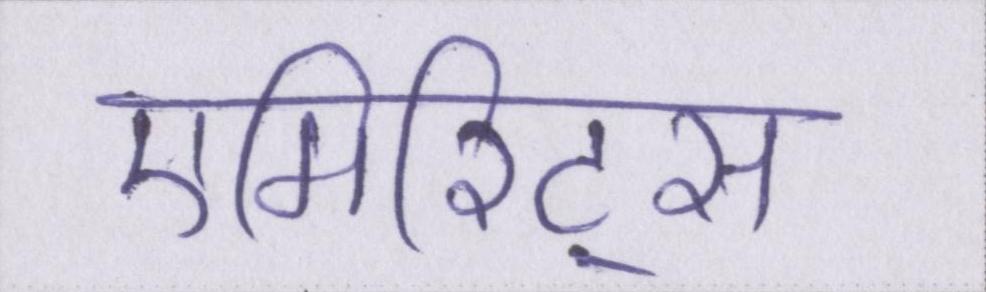
एमिरिट्स